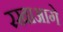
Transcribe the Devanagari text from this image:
रखाआगे